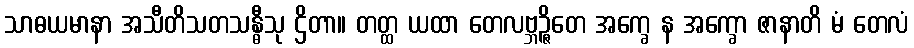
သာဓယမာနာ အသီတိသတသန္ဓီသု ဌိတာ။ တတ္ထ ယထာ တေလဗ္ဘဉ္ဇိတေ အက္ခေ န အက္ခော ဇာနာတိ မံ တေလံ